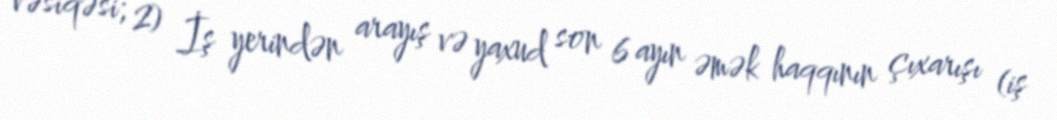
vəsiqəsi; 2) İş yerindən arayış və yaxud son 6 ayın əmək haqqının çıxarışı (iş